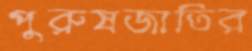
পুরুষজাতির